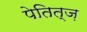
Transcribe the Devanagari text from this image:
पेतित्ज़